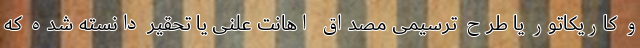
و کاریکاتور یا طرح ترسیمی مصداق اهانت علنی یا تحقیر دانسته شده که